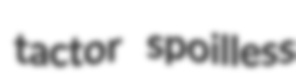
tactor spoilless